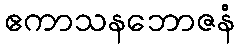
ဧကာသနဘောဇနံ